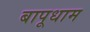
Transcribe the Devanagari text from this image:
बापूधाम